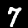
Digit: 7